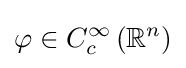
\varphi \in C_{c}^{\infty }\left(\mathbb {R} ^{n}\right)